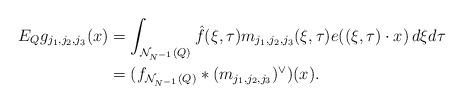
LaTeX: \begin{align*}E_{Q}g_{j_{1},j_{2},j_{3}}(x) &=\int_{\mathcal{N}_{N^{-1}}(Q)} \hat{f}(\xi,\tau)m_{j_{1},j_{2},j_{3}}(\xi,\tau)e((\xi,\tau) \cdot x)\, d\xi d\tau\\&= (f_{\mathcal{N}_{N^{-1}}(Q)}* ({m_{j_{1},j_{2},j_{3}}})^{\vee})(x).\end{align*}